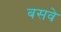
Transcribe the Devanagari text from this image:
बसवे